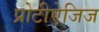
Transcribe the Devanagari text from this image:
प्रोटीऐजिज